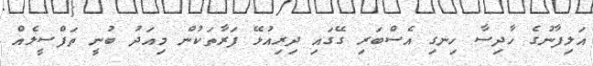
އަލިފާނުގެ ހާދިސާ ހިނގި އެސްބަރި ގޭގައި ދިރިއުޅޭ ފަރާތަކުން މިއަދު ބުނީ ތަފްސީލެއް